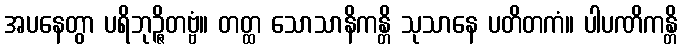
အပနေတွာ ပရိဘုဉ္ဇိတဗ္ဗံ။ တတ္ထ သောသာနိကန္တိ သုသာနေ ပတိတကံ။ ပါပဏိကန္တိ